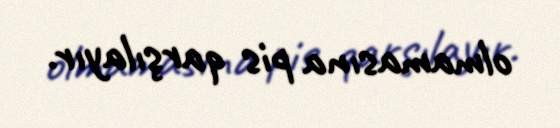
olmamasına pis qarşılayır.